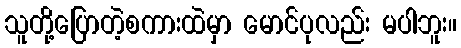
သူတို့ပြောတဲ့စကားထဲမှာ မောင်ပုလည်း မပါဘူး။